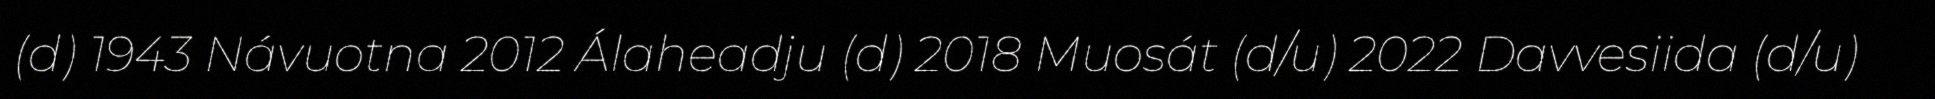
(d) 1943 Návuotna 2012 Álaheadju (d) 2018 Muosát (d/u) 2022 Davvesiida (d/u)